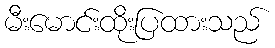
မီးမောင်းထိုးပြထားသည်